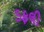
ડફલી